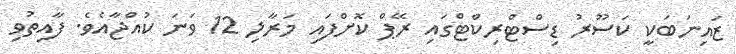
ޒައިނަބަކީ ކަސޫރު ޑިސްޓްރިކްޓްގައި ރޭޕް ކޮށްފައި މަރާލި 12 ވަނަ ކުއްޖާއެވެ. ފާއިތުވި